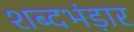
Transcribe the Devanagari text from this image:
शब्दभंड़ार